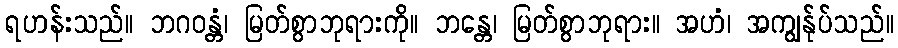
ရဟန်းသည်။ ဘဂဝန္တံ၊ မြတ်စွာဘုရားကို။ ဘန္တေ၊ မြတ်စွာဘုရား။ အဟံ၊ အကျွန်ုပ်သည်။